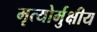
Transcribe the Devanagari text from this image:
मृत्‍योर्मुक्षीय